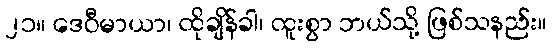
၂၁။ ဒေဝီမာယာ၊ ထိုချိန်ခါ၊ ထူးစွာ ဘယ်သို့ ဖြစ်သနည်း။